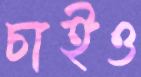
চাইও